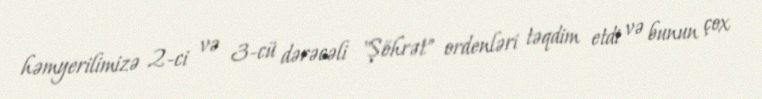
həmyerilimizə 2-ci və 3-cü dərəcəli "Şöhrət" ordenləri təqdim etdi və bunun çox